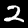
Digit: 2